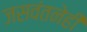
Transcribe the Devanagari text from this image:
जसवंतनेही